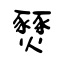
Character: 燹